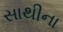
સાથીના